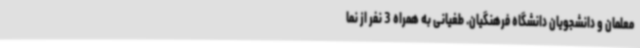
معلمان و دانشجویان دانشگاه فرهنگیان. طغیانی به همراه 3 نفر از نما